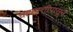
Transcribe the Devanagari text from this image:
चहापत्तीपासून